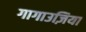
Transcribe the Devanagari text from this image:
गागाउज़िया